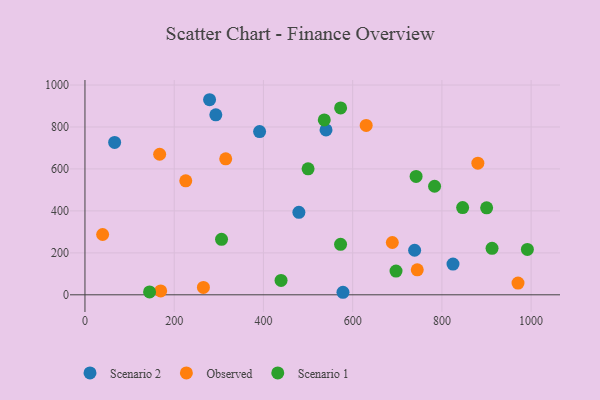
{"axis": {"x": "Investment", "y": "Exam Score"}, "legend": ["Observed", "Scenario 1", "Scenario 2"], "data": [{"x": "479.5", "y": 393.2, "type": "Scenario 2"}, {"x": "540.3", "y": 785.9, "type": "Scenario 2"}, {"x": "824.9", "y": 146.4, "type": "Scenario 2"}, {"x": "578.3", "y": 12.1, "type": "Scenario 2"}, {"x": "391.4", "y": 777.9, "type": "Scenario 2"}, {"x": "66.5", "y": 726.4, "type": "Scenario 2"}, {"x": "279.3", "y": 929.9, "type": "Scenario 2"}, {"x": "293.3", "y": 857.8, "type": "Scenario 2"}, {"x": "738.9", "y": 212.3, "type": "Scenario 2"}, {"x": "39.6", "y": 287.5, "type": "Observed"}, {"x": "315.5", "y": 648.3, "type": "Observed"}, {"x": "225.9", "y": 543.2, "type": "Observed"}, {"x": "744.8", "y": 119.3, "type": "Observed"}, {"x": "167.4", "y": 669.9, "type": "Observed"}, {"x": "688.9", "y": 249.3, "type": "Observed"}, {"x": "630.3", "y": 807.6, "type": "Observed"}, {"x": "265.5", "y": 35.1, "type": "Observed"}, {"x": "169.7", "y": 18.7, "type": "Observed"}, {"x": "970.6", "y": 56.0, "type": "Observed"}, {"x": "880.6", "y": 627.7, "type": "Observed"}, {"x": "500.1", "y": 600.7, "type": "Scenario 1"}, {"x": "439.5", "y": 68.7, "type": "Scenario 1"}, {"x": "697.2", "y": 113.0, "type": "Scenario 1"}, {"x": "783.6", "y": 517.4, "type": "Scenario 1"}, {"x": "306.1", "y": 264.7, "type": "Scenario 1"}, {"x": "912.4", "y": 221.8, "type": "Scenario 1"}, {"x": "572.9", "y": 240.6, "type": "Scenario 1"}, {"x": "991.6", "y": 216.4, "type": "Scenario 1"}, {"x": "573.0", "y": 891.0, "type": "Scenario 1"}, {"x": "846.5", "y": 415.9, "type": "Scenario 1"}, {"x": "742.2", "y": 564.4, "type": "Scenario 1"}, {"x": "536.4", "y": 833.4, "type": "Scenario 1"}, {"x": "900.3", "y": 414.6, "type": "Scenario 1"}, {"x": "144.8", "y": 13.7, "type": "Scenario 1"}]}